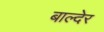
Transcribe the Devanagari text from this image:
बाल्देर